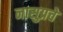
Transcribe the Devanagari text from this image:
नासुप्रचे